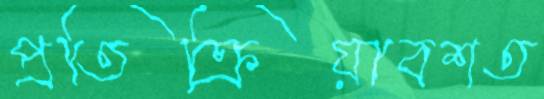
প্রতিক্রিয়াবশত